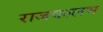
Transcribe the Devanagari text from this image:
राजवल्‍लभ